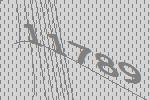
11789